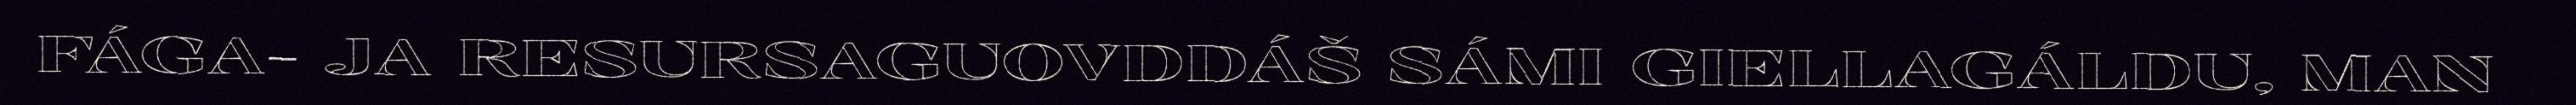
FÁGA- JA RESURSAGUOVDDÁŠ SÁMI GIELLAGÁLDU, MAN